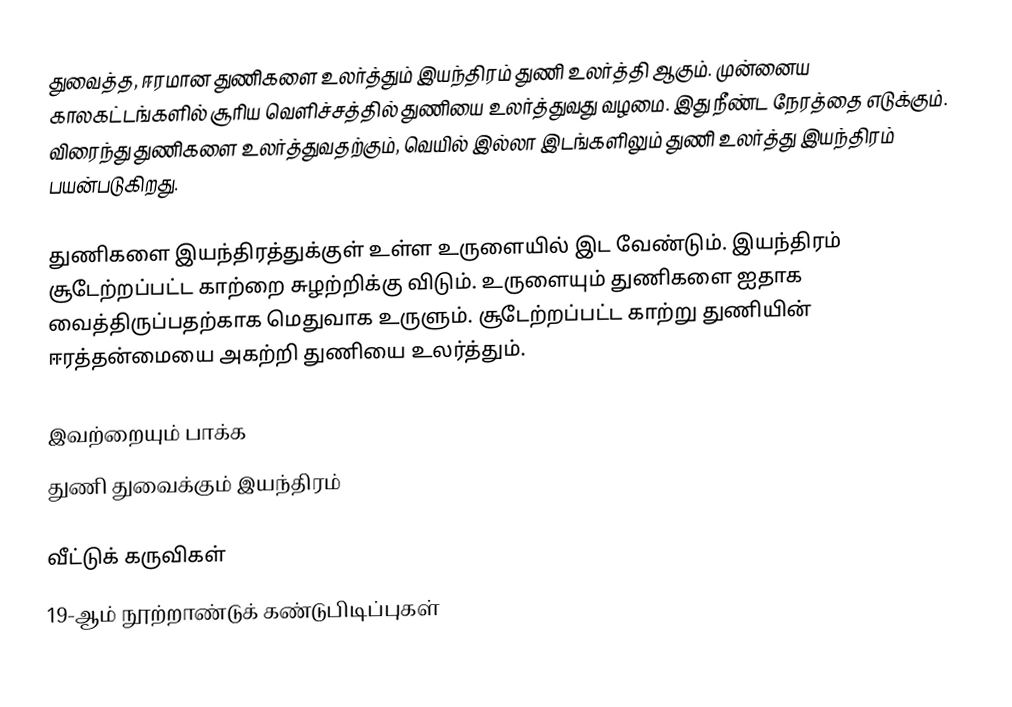
துவைத்த, ஈரமான துணிகளை உலர்த்தும் இயந்திரம் துணி உலர்த்தி ஆகும். முன்னைய காலகட்டங்களில் சூரிய வெளிச்சத்தில் துணியை உலர்த்துவது வழமை. இது நீண்ட நேரத்தை எடுக்கும். விரைந்து துணிகளை உலர்த்துவதற்கும், வெயில் இல்லா இடங்களிலும் துணி உலர்த்து இயந்திரம் பயன்படுகிறது.

துணிகளை இயந்திரத்துக்குள் உள்ள உருளையில் இட வேண்டும். இயந்திரம் சூடேற்றப்பட்ட காற்றை சுழற்றிக்கு விடும். உருளையும் துணிகளை ஐதாக வைத்திருப்பதற்காக மெதுவாக உருளும். சூடேற்றப்பட்ட காற்று துணியின் ஈரத்தன்மையை அகற்றி துணியை உலர்த்தும்.

இவற்றையும் பாக்க
 துணி துவைக்கும் இயந்திரம்

வீட்டுக் கருவிகள்
19-ஆம் நூற்றாண்டுக் கண்டுபிடிப்புகள்